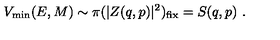
V _ { \mathrm { m i n } } ( E , M ) \sim \pi ( | Z ( q , p ) | ^ { 2 } ) _ { \mathrm { f i x } } = S ( q , p ) \ .